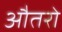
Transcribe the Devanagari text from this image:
औतरो